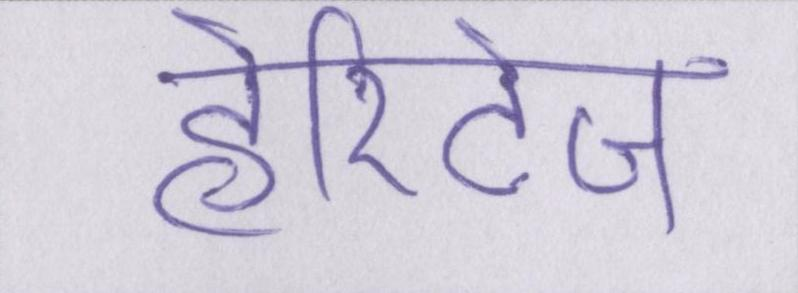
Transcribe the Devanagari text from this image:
हेरिटेज